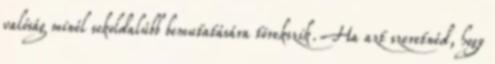
valóság minél sokoldalúbb bemutatására törekszik. Ha azt szeretnéd, hogy